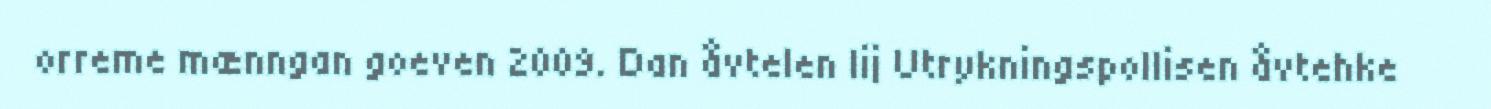
orreme mænngan goeven 2009. Dan åvtelen lij Utrykningspollisen åvtehke